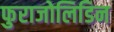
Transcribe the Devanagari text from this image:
फुराजोलिडिन